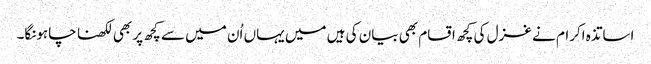
اساتذہ اکرام نے غزل کی کچھ اقسام بھی بیان کی ہیں میں یہاں اُن میں سے کچھ پر بھی لکھنا چاہونگا۔